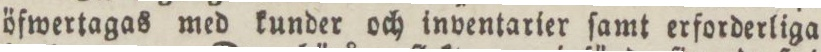
öfwertagas med kunder och inventarier ſamt erforderliga